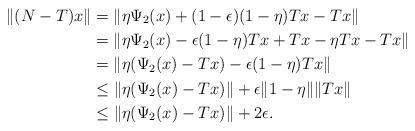
LaTeX: \begin{align*}\|(N-T)x\|&= \|\eta \Psi_2(x)+(1-\epsilon)(1-\eta)Tx-Tx\|\\&=\|\eta \Psi_2(x)-\epsilon(1-\eta)Tx+Tx-\eta Tx-Tx\|\\&=\|\eta(\Psi_2(x)-Tx)-\epsilon(1-\eta)Tx\|\\& \leq \|\eta(\Psi_2(x)-Tx)\|+\epsilon \|1-\eta\| \|Tx\|\\& \leq \|\eta(\Psi_2(x)-Tx)\|+2\epsilon.\end{align*}